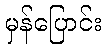
မှန်ပြောင်း